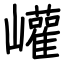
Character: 巏